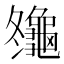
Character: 䶱